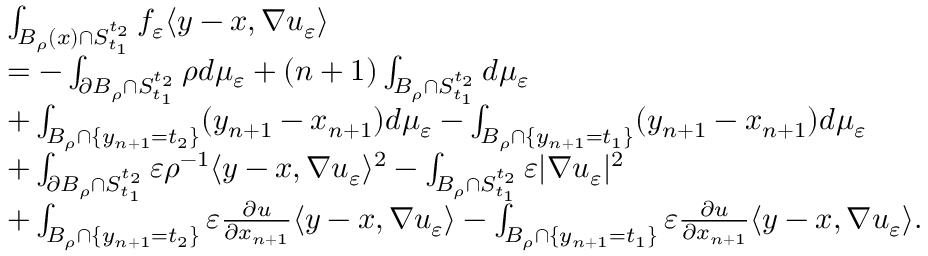
\begin{array} { r l } & { \int _ { B _ { \rho } ( x ) \cap S _ { t _ { 1 } } ^ { t _ { 2 } } } f _ { \varepsilon } \langle y - x , \nabla u _ { \varepsilon } \rangle } \\ & { = - \int _ { \partial B _ { \rho } \cap S _ { t _ { 1 } } ^ { t _ { 2 } } } \rho d \mu _ { \varepsilon } + ( n + 1 ) \int _ { B _ { \rho } \cap S _ { t _ { 1 } } ^ { t _ { 2 } } } d \mu _ { \varepsilon } } \\ & { + \int _ { B _ { \rho } \cap \{ y _ { n + 1 } = t _ { 2 } \} } ( y _ { n + 1 } - x _ { n + 1 } ) d \mu _ { \varepsilon } - \int _ { B _ { \rho } \cap \{ y _ { n + 1 } = t _ { 1 } \} } ( y _ { n + 1 } - x _ { n + 1 } ) d \mu _ { \varepsilon } } \\ & { + \int _ { \partial B _ { \rho } \cap S _ { t _ { 1 } } ^ { t _ { 2 } } } \varepsilon \rho ^ { - 1 } \langle y - x , \nabla u _ { \varepsilon } \rangle ^ { 2 } - \int _ { B _ { \rho } \cap S _ { t _ { 1 } } ^ { t _ { 2 } } } \varepsilon | \nabla u _ { \varepsilon } | ^ { 2 } } \\ & { + \int _ { B _ { \rho } \cap \{ y _ { n + 1 } = t _ { 2 } \} } \varepsilon \frac { \partial u } { \partial x _ { n + 1 } } \langle y - x , \nabla u _ { \varepsilon } \rangle - \int _ { B _ { \rho } \cap \{ y _ { n + 1 } = t _ { 1 } \} } \varepsilon \frac { \partial u } { \partial x _ { n + 1 } } \langle y - x , \nabla u _ { \varepsilon } \rangle . } \end{array}